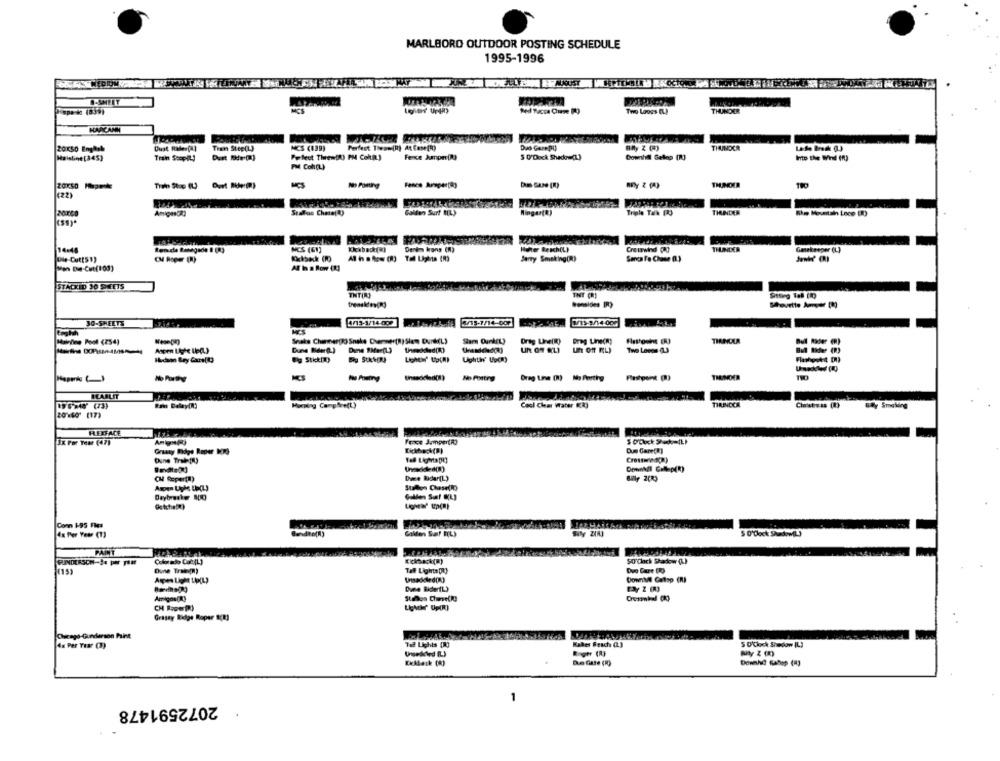
MARLBORO OUTDOOR POSTING SCHEDULE
1995-1996
Dispersa (839)
MCS
Two Laoss ()
THUNDER
20050 English
Dust maden(A)
Trat Step(L)
MCS (139)
Perfect Twee(R) At Cose(R)
Duo Gare(H)
BAy Z (H)
THUNDER
Maisline[345)
Train Stopit!
Perfect Threw(R) PM Cokat]
Fence Jumper(R)
5 0'Dock Sheckna(L)
Downhill Getno (R)
Into the Wind (f)
PM Con(L)
THUNDER
MCS
(22)
Gallen Surf ML)
Ringen(R)
Triple Talk [3
TINDER
tenda Renegade I (R)
MCS (61)
Kickback(*)
Denim Irons (R)
Hote Rexch(LI
Cre wswind (23
THUNDER
Ganekeeper (L)
Die-Cutts1)
Al h o how (8) Tal Lights (R)
Barry Smoking(R)
Af In a Row (R)
Mon Die-Cut(100)
STACKED 30 SHEETS
TNT(R)
TNT (R)
Sitting Toll (10)
30-SHEETS
3/3-3/14.002
whichff 3/13-7/14-007
Makine Pool (254)
Snake Charmer(R) Snake Dermer(R)Slam Dunk(L)
Drag Line(R)
Drag Line(R)
TINCKA
Bull Rider (R)
Un Off EL)
Eg Stick(t)
Lighthr Uocmy
No Fontrg
Drag Line (2) No Perthg
THINDER
TIO
BEARLIT
THRINCCA
Mocping Camphre(t)
Cool Clear Water (R)
20160 (17)
FLEXFACE
Fence Jumper(R)
3x For Toor (47)
Dus Gare(a)
Grassy Ridge Roper 100
Dune Train(il)
DownMI Cellp(R)
Dwwe Bidar(L)
Stallen Chase(R)
Conn 1-95 Fles
4x Per Year (1)
Golden Saf R(L)
5 O'clock Shadow(L)
PAINT
Colorado Cott(L)
5O'clock Shadow (L)
Dune Trak(R)
Tall Lights DIO
Dvo Gare DO
DownMl Calsp (R)
Dume BidertL)
Stallos ChumseCR!
Lightir Up(R)
Grasay Ridge Roper &(R)
4n Per Year (3)
Tal Lights [10
Kaker Frach (L)
5 O'clock Shadow IL!
Duo Gare (R)
Downho Gahop (1)
1
2072591478